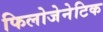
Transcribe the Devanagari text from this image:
फिलोजेनेटिक